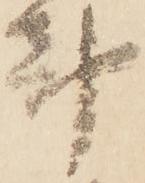
都